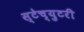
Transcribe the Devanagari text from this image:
स्टेच्युटरी